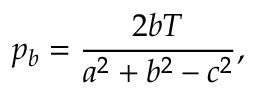
p _ { b } = { \frac { 2 b T } { a ^ { 2 } + b ^ { 2 } - c ^ { 2 } } } ,